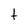
Character: t